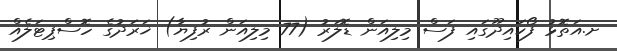
ށ.އަތޮޅު ފޯކައިދޫގައި ފަސް މިލިއަން ޑޮލަރު (77 މިލިއަން ރުފިޔާ) ޚަރަދުގެ ހޮސްޕިޓަލެއް